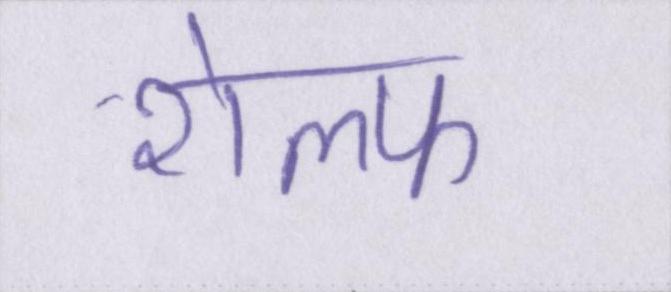
शेल्फ